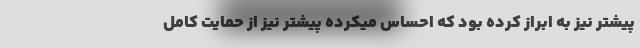
پیشتر نیز به ابراز کرده بود که احساس میکرده پیشتر نیز از حمایت کامل